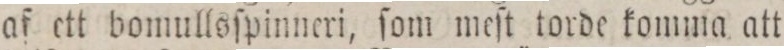
af ett bomullsſpinneri, ſom meſt torde komma att